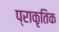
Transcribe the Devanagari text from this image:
प्राकृतिक